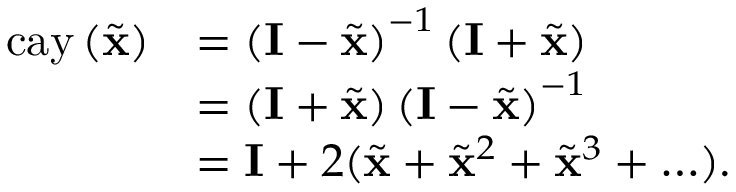
\begin{array} { r l } { \mathrm { c a y } \left( \tilde { \mathbf { x } } \right) } & { = \left( \mathbf { I } - \tilde { \mathbf { x } } \right) ^ { - 1 } \left( \mathbf { I } + \tilde { \mathbf { x } } \right) } \\ & { = \left( \mathbf { I } + \tilde { \mathbf { x } } \right) \left( \mathbf { I } - \tilde { \mathbf { x } } \right) ^ { - 1 } } \\ & { = \mathbf { I } + 2 ( \tilde { \mathbf { x } } + \tilde { \mathbf { x } } ^ { 2 } + \tilde { \mathbf { x } } ^ { 3 } + \ldots ) . } \end{array}